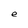
Character: e